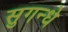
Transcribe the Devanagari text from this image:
सुगन्धे